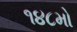
૧૪૮મો